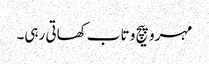
مہرو پیچ و تاب کھاتی رہی۔